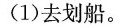
(1)去划船。